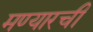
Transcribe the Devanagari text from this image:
मण्यारची